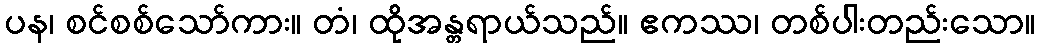
ပန၊ စင်စစ်သော်ကား။ တံ၊ ထိုအန္တရာယ်သည်။ ဧကဿ၊ တစ်ပါးတည်းသော။